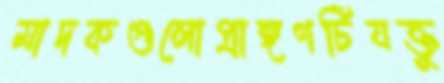
মাদকগুলোপ্রাঙ্গণটিযক্তু